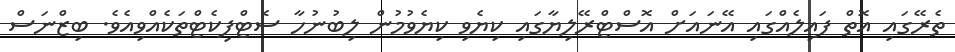
ތެރޭގައި އޮތް ފައިލެއްގައި އޭނައަށް އޮސްޓްރޭލިޔާގައި ކިޔެވި ކިޔެވުމުން ލިބުނުހާ ސެޓްފިކެޓްތަކެއްވިއެވެ. ބިޒްނަސް